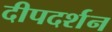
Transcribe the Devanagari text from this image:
दीपदर्शन